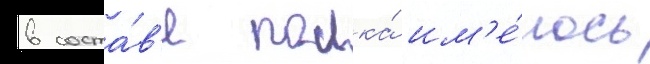
в соста́в'е полка́ им'е́лось